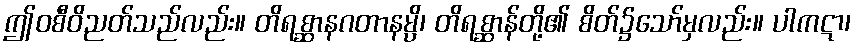
ဤဝစီဝိညတ်သည်လည်း။ တိရစ္ဆာနဂတာနမ္ပိ၊ တိရစ္ဆာန်တို့၏ စိတ်၌သော်မှလည်း။ ပါကဋာ၊